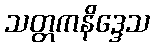
သတ္တကနိဒ္ဒေသ